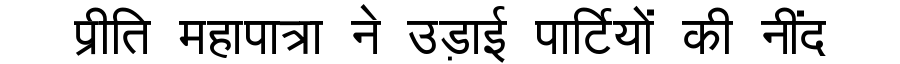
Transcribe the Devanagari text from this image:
प्रीति महापात्रा ने उड़ाई पार्टियों की नींद